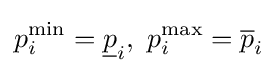
p_{i}^{\min }={\underline {p}}_{i},\ p_{i}^{\max }={\overline {p}}_{i}